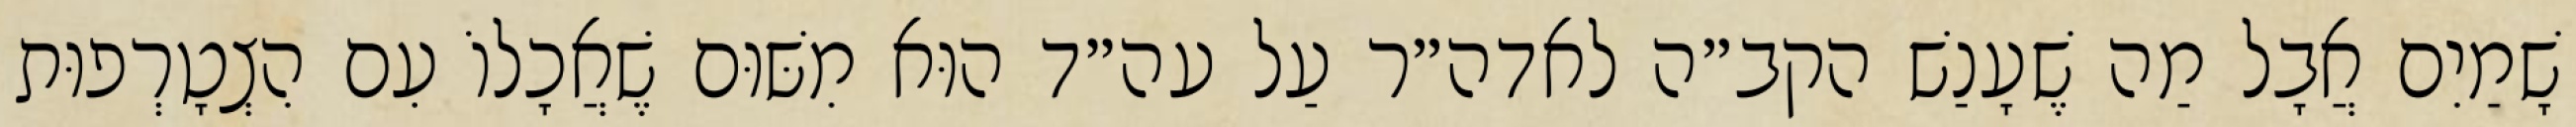
שָׁמַיִם אֲבָל מַה שֶׁעָנַשׁ הקב״ה לאדה״ר עַל עה״ד הוּא מִשּׁוּם שֶׁאֲכָלוֹ עִם הִצְטָרְפוּת